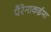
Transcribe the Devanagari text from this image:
पैरेनाकईमा